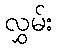
လွှမ်း